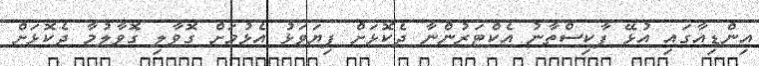
އިންޑިއާގައި އުޅޭ ޕާކިސްތާނު އެކްޓަރުންނާ ދެކޮޅަށް ފިޔަވަޅު އެޅުމަށް ގޮވާލި ގޮވާލުމާ ދެކޮޅަށް